Indian journal of veterinary science and animal husbandry - Volumes 24-25, 1954-1955
Year: 1954
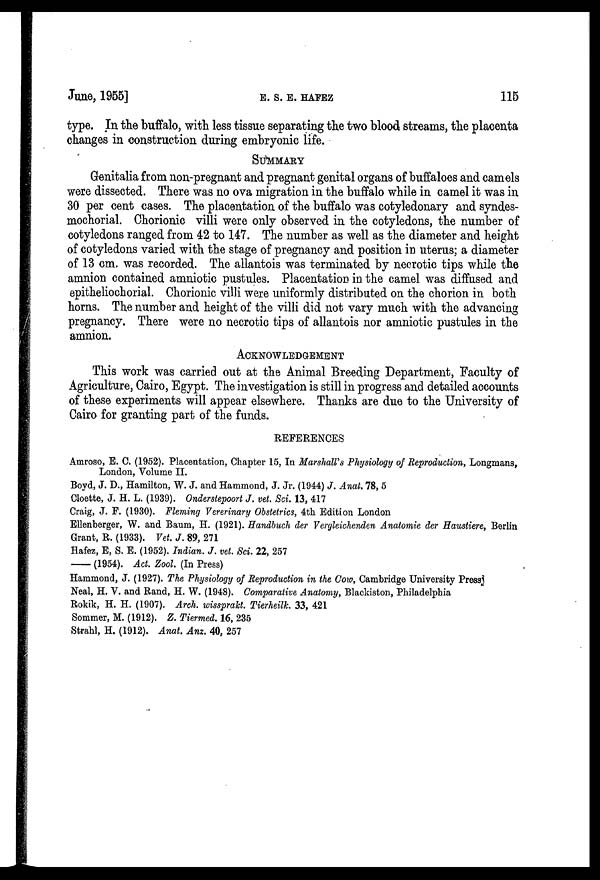
June, 1955]
E.
S.
E.
HAFEZ
115
type. In the buffalo, with less tissue separating the two blood streams, the placenta
changes in construction during embryonic life.
SUMMARY
Genitalia from non-pregnant and pregnant genital organs of buffaloes and camels
were dissected. There was no ova migration in the buffalo while in camel it was in
30 per cent cases. The placentation of the buffalo was cotyledonary and syndes-
mochorial. Chorionic villi were only observed in the cotyledons, the number of
cotyledons ranged from 42 to 147. The number as well as the diameter and height
of cotyledons varied with the stage of pregnancy and position in uterus; a diameter
of 13 cm. was recorded. The allantois was terminated by necrotic tips while the
amnion contained amniotic pustules. Placentation in the camel was diffused and
epitheliochorial. Chorionic villi were uniformly distributed on the chorion in both
horns. The number and height of the villi did not vary much with the advancing
pregnancy. There were no necrotic tips of allantois nor amniotic pustules in the
amnion.
ACKNOWLEDGEMENT
This work was carried out at the Animal Breeding Department, Faculty of
Agriculture, Cairo, Egypt. The investigation is still in progress and detailed accounts
of these experiments will appear elsewhere. Thanks are due to the University of
Cairo for granting part of the funds.
REFERENCES
Amroso, E. C. (1952). Placentation, Chapter 15, In Marshall's Physiology of Reproduction, Longmans,
London, Volume II.
Boyd, J. D., Hamilton, W. J. and Hammond, J. Jr. (1944) J. Anat. 78, 5
Cloette, J. H. L. (1939). Onderstepoort J. vet. Sci. 13, 417
Craig, J. F. (1930). Fleming Vererinary Obstetrics, 4th Edition London
Ellenberger, W. and Baum, H. (1921). Handbuch der Vergleichenden Anatomie der Haustiere, Berlin
Grant, R. (1933). Vet. J. 89, 271
Hafez, E, S. E. (1952). Indian. J. vet. Sci. 22, 257
—(1954).
Act. Zool. (In Press)
Hammond, J. (1927). The Physiology of Reproduction in the Cow, Cambridge University Press
Neal, H. V. and Rand, H. W. (1948). Comparative Anatomy, Blackiston, Philadelphia
Rokik, H. H. (1907). Arch. wissprakt. Tierheilk. 33, 421
Sommer, M. (1912). Z. Tiermed. 16, 235
Strahl, H. (1912). Anat. Anz. 40, 257